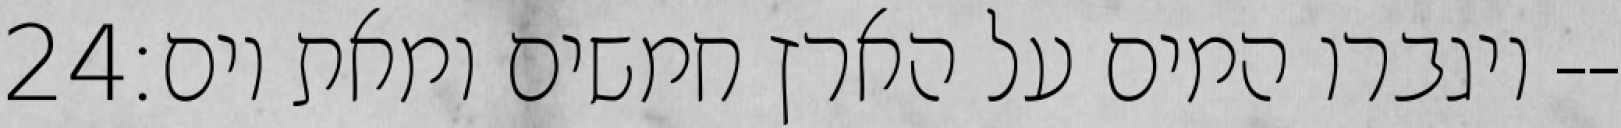
‎24‏ ויגברו המים על הארץ חמשים ומאת יום׃--